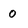
Character: 0